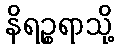
နိရဉ္စရာသို့